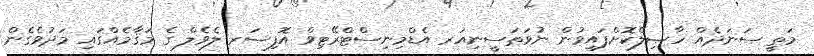
މަތީ ސަނަދެއް ހާޞިލްކޮށްފައިވުން ނުވަތަސީނިއަރ އެޑްމިނިސްޓްރޭޓިވް އޮފިސަރ ލެވެލް ގެ މަޤާމެއްގައި މަދުވެގެން